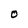
Character: O